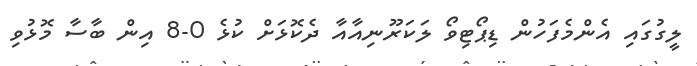
ލީގުގައި އެންމެފަހުން ޑިޕޯޓިވޯ ލަކަރޫނިއާއާ ދެކޮޅަށް ކުޅެ 0-8 އިން ބާސާ މޮޅުވި